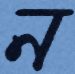
ন